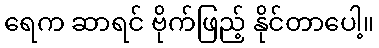
ရေက ဆာရင် ဗိုက်ဖြည့် နိုင်တာပေါ့။